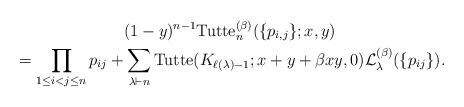
\begin{gather*} (1-y)^{n-1}{\rm Tutte}_{n}^{(\beta)}(\{p_{i,j}\};x,y) \\ {} = \prod_{1\le i < j \le n} p_{ij} + \sum_{\lambda \vdash n} {\rm Tutte} (K_{\ell(\lambda)-1}; x+y+\beta x y,0) {\cal{L}}_{\lambda}^{(\beta)}(\{p_{ij}\}) .\end{gather*}